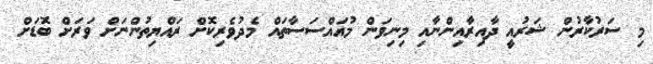
މި ސަރުކާރުން ޝަރުއީ ދާއިރާއިންނާއި މިނިވަން މުއައްސަސާތައް މެދުވެރިކޮށް ރައްޔިތުންނަށް ވަރަށް ބޮޑަށް